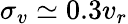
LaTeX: \sigma_{v}\simeq 0.3v_{r}